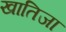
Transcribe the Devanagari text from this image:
खातिजा